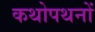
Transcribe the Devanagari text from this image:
कथोपथनों